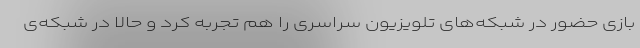
بازی حضور در شبکه‌های تلویزیون سراسری را هم تجربه کرد و حالا در شبکه‌ی